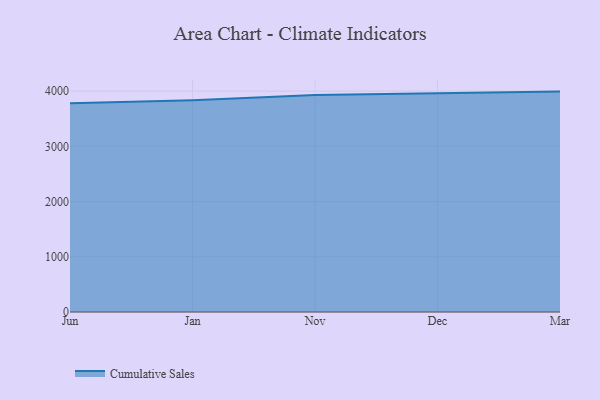
{"axis": {"x": "Month", "y": "Customer Acquisition Cost (USD)"}, "legend": ["Cumulative Sales"], "data": [{"x": "Jun", "y": 3779.9, "type": "Cumulative Sales"}, {"x": "Jan", "y": 3835.0, "type": "Cumulative Sales"}, {"x": "Nov", "y": 3928.8, "type": "Cumulative Sales"}, {"x": "Dec", "y": 3962.0, "type": "Cumulative Sales"}, {"x": "Mar", "y": 3991.1, "type": "Cumulative Sales"}]}